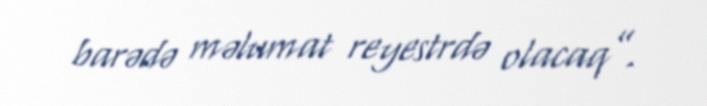
barədə məlumat reyestrdə olacaq”.